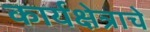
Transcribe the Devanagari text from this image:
कार्यक्षेत्राचे